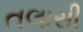
તલાસી